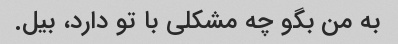
به من بگو چه مشکلی با تو دارد، بیل.